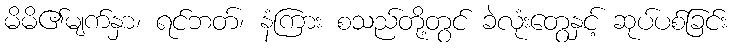
မိမိ၏မျက်နှာ၊ ရင်ဘတ်၊ နံကြား စသည်တို့တွင် ခဲလုံးတွေနှင့် ဆုပ်ပစ်ခြင်း